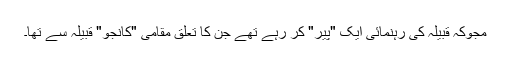
مجوکہ قبیلہ کی رہنمائی ایک "پیر" کر رہے تھے جن کا تعلق مقامی "کانجو" قبیلہ سے تھا۔